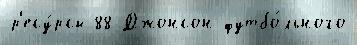
р'есу́рсы 88 Джонсон футбо́льного